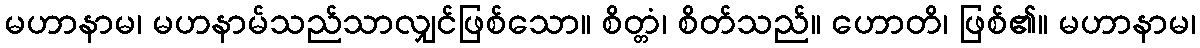
မဟာနာမ၊ မဟနာမ်သည်သာလျှင်ဖြစ်သော။ စိတ္တံ၊ စိတ်သည်။ ဟောတိ၊ ဖြစ်၏။ မဟာနာမ၊